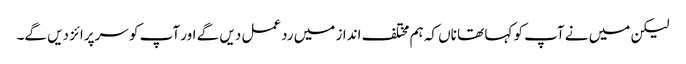
لیکن میں نے آپ کو کہا تھا ناں کہ ہم مختلف انداز میں ردعمل دیں گے اور آپ کو سرپرائز دیں گے۔